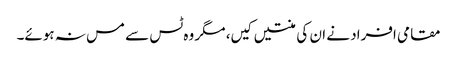
مقامی افراد نے ان کی منتیں کیں، مگر وہ ٹس سے مس نہ ہوئے۔